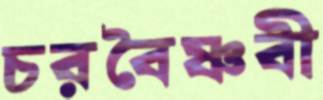
চরবৈষ্ণবী